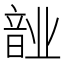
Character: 𬰺